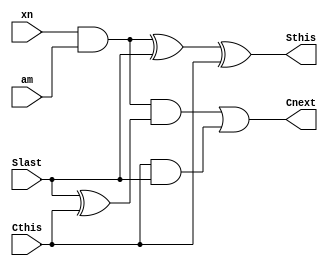
module Cell(output Cnext, Sthis, input xn, am, Slast, Cthis);

  wire t;
  and (t, xn, am);

  xor (Sthis, t, Slast, Cthis);
  xor (t1, Slast, Cthis);
  and (t2, t, t1);
  and (t3, Cthis, Slast);
  or (Cnext, t2, t3);
  
endmodule

module FACell(output Cnext, Sthis, input xn, am, Cthis);
  
  wire t1, t2, t3;
  xor (t1, am, xn);
  and (t2, t1, Cthis);
  and (t3, am, xn);
  or (Cnext, t2, t3);
  xor (Sthis, t1, Cthis);

endmodule

module ArrayMultiplier(product, a, x);
  
  parameter m = 32;
  parameter n = 32;
  output [m+n-1:0] product;
  input [m-1:0] a;
  input [n-1:0] x;
  
  wire c_partial[m*n:0] ;
  wire s_partial[m*n:0] ;
  
  // first line of the multiplier
  genvar i;
  generate
    for(i=0; i<m; i=i+1)
    begin
      Cell c_first(.Cnext(c_partial[i]), .Sthis(s_partial[i]),
                   .xn(x[0]), .am(a[i]), .Slast(1'b0), .Cthis(1'b0));
    end
  endgenerate
  
  
  // middle lines of the multiplier - except last column
  genvar j, k;
  generate
    for(k=0; k<n-1; k=k+1)
    begin
      for(j=0; j<m-1; j=j+1)
      begin
        Cell c_middle(c_partial[m*(k+1)+j], s_partial[m*(k+1)+j],
                      x[k+1], a[j], s_partial[m*(k+1)+j-m+1], c_partial[m*(k+1)+j-m]);
      end
    end
  endgenerate
  
  // middle lines of the multiplier - only last column
  genvar z;
  generate
    for(z=0; z<n-1; z=z+1)
    begin
      Cell c_middle_last_col(c_partial[m*(z+1)+(m-1)], s_partial[m*(z+1)+(m-1)],
                             x[z+1], a[+(m-1)], 1'b0, c_partial[m*(z+1)+(m-1)-m]);
    end
  endgenerate
  
  // last line of the multiplier
  wire c_last_partial[m-1:0] ;
  wire s_last_partial[m-2:0] ;
  buf (c_last_partial[0], 0);
  
  genvar l;
  generate
    for(l=0; l<m-1; l=l+1)
    begin
      FACell c_last(c_last_partial[l+1], s_last_partial[l],
                    c_partial[(n-1)*m+l], s_partial[(n-1)*m+l+1], c_last_partial[l]);
    end
  endgenerate
  
  
  // product bits from first and middle cells
  generate
    for(i=0; i<n; i=i+1)
    begin
      buf (product[i], s_partial[m*i]);
    end
  endgenerate
  
  // product bits from the last line of cells
  generate
    for(i=n; i<n+m-1; i=i+1)
    begin
      buf (product[i], s_last_partial[i-n]);
    end
  endgenerate
    
  // msb of product
  buf (product[m+n-1], c_last_partial[m-2]);

endmodule